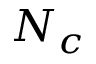
N _ { c }